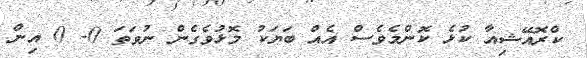
ކްރޮއޭޝިއާ ކުޅެ ކޮންމެވެސް އެއް ބަޔަކު މޮޅުވެގެން ނުވަތަ 0- 0 އިން